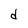
Character: d